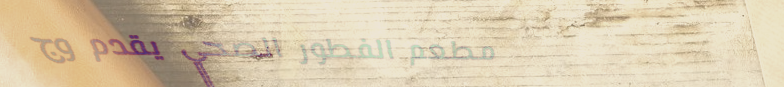
مطعم الفطور الصحي يقدم وج